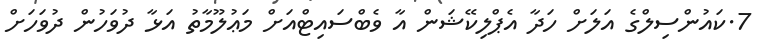
7.ކައުންސިލްގެ އަލަށް ހަދާ އެޕްލިކޭޝަން އާ ވެބްސައިޓްއަށް މަޢުލޫމާތު އަޅާ ދުވަހުން ދުވަހަށް